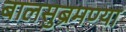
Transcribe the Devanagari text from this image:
बालसुब्रमण्या